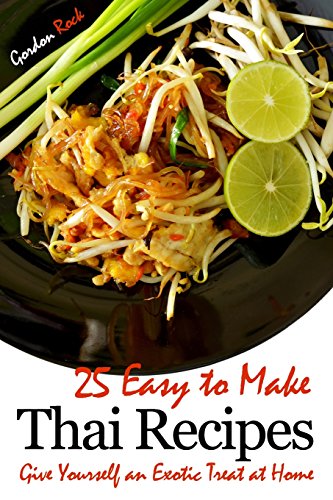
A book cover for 25 Easy to Make Thai Recipes: Give Yourself an Exotic Treat at Home; Gordon Rock; Cookbooks, Food & Wine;